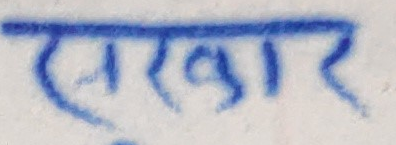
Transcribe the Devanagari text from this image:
सरकार